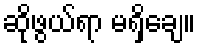
ဆိုဖွယ်ရာ မရှိချေ။